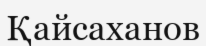
Қайсаханов